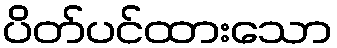
ပိတ်ပင်ထားသော